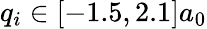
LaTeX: q_{i}\in[-1.5,2.1]a_{0}